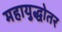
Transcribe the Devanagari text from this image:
महायुद्धोतर